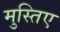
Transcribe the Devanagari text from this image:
मुस्तिए